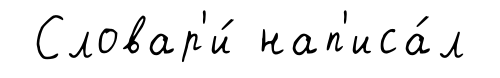
Словар'и́ нап'иса́л